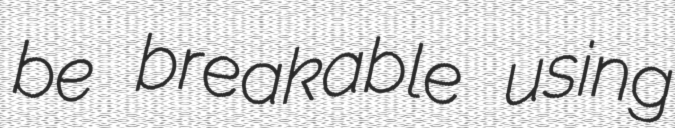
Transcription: be breakable using